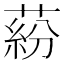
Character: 蒶